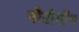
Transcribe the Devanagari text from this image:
नौटीगाँव